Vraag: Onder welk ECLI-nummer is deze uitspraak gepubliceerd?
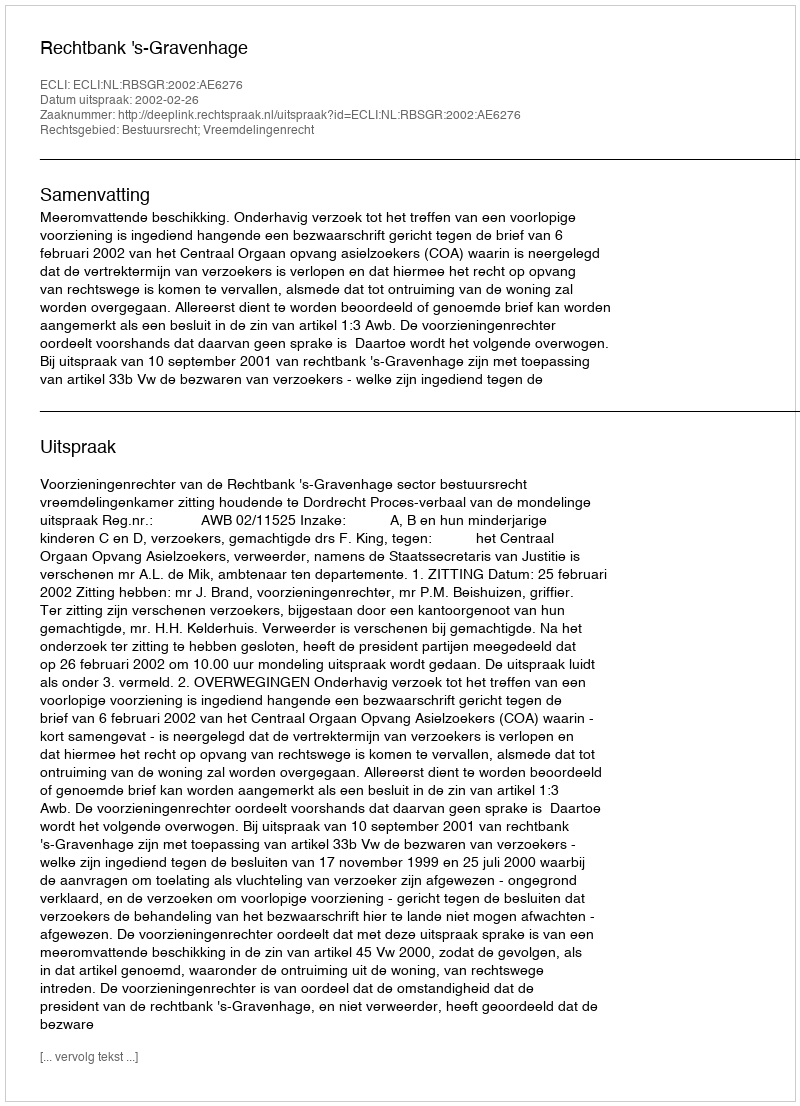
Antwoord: ECLI:NL:RBSGR:2002:AE6276